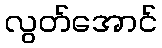
လွတ်အောင်